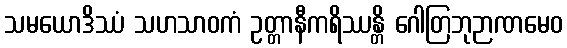
သမယောဒိဿံ သဟသာဝကံ ဥတ္တာနီကရိဿန္တိ ဂေါတြဘုဉာဏမေဝ